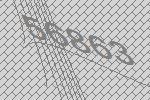
56863